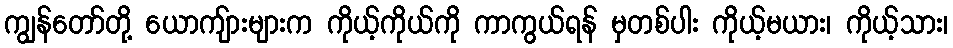
ကျွန်တော်တို့ ယောကျ်ားများက ကိုယ့်ကိုယ်ကို ကာကွယ်ရန် မှတစ်ပါး ကိုယ့်မယား၊ ကိုယ့်သား၊